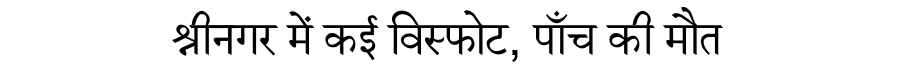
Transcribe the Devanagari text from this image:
श्रीनगर में कई विस्फोट, पाँच की मौत